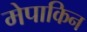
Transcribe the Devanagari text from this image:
मेपाकिन